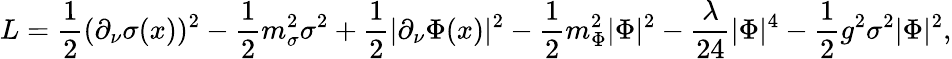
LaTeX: {L}=\frac 12(\partial_{\nu}\sigma(x))^{2}-\frac 12m_{\sigma}^{2}\sigma^{2}+\frac 12|\partial_{\nu}\Phi(x)|^{2}-\frac 12m_{\Phi}^{2}|\Phi|^{2}-\frac{\lambda}{24}|\Phi|^{4}-\frac 12g^{2}\sigma^{2}|\Phi|^{2},